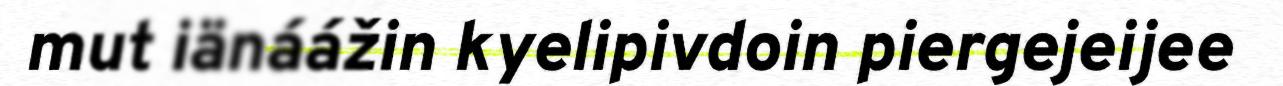
mut iänáážin kyelipivdoin piergejeijee